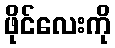
ဖိုင်လေးကို